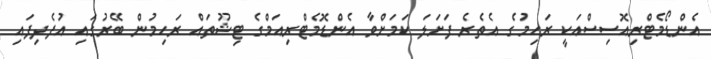
އެންޑޯމެޓްރިއޮސިސްއަކީ ރަހިމުގެ އެތެރެ ފަށަލަ ކަމަށްވާ އެންޑޮމެޓްރިއަމްގެ ޓިޝޫތައް ރަހިމުން ބޭރުގައި އުފެދިފައި